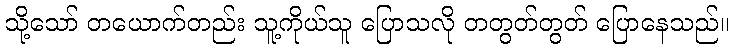
သို့သော် တယောက်တည်း သူ့ကိုယ်သူ ပြောသလို တတွတ်တွတ် ပြောနေသည်။